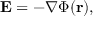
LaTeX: \mathbf { E } = - \nabla \Phi ( \mathbf { r } ) ,